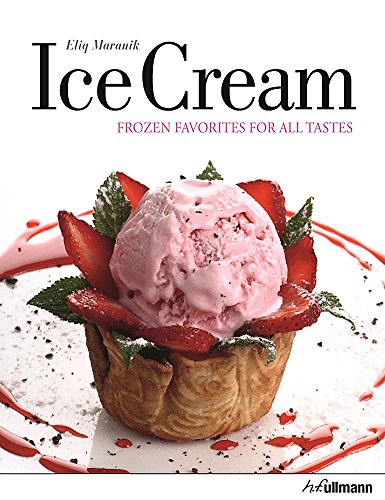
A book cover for Ice Cream: Frozen Favorites for All Tastes; Eliq Maranik; Cookbooks, Food & Wine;